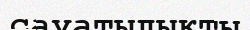
сауатылықты